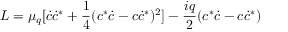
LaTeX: { \cal L } = \mu _ { q } [ \dot { c } \dot { c } ^ { * } + \frac { 1 } { 4 } ( c ^ { * } \dot { c } - c \dot { c } ^ { * } ) ^ { 2 } ] - \frac { i q } { 2 } ( c ^ { * } \dot { c } - c \dot { c } ^ { * } )